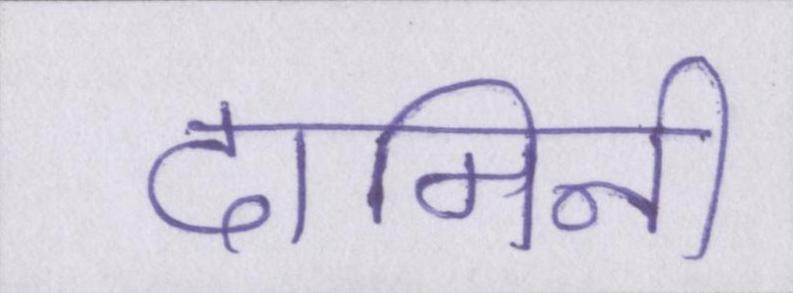
दामिनी